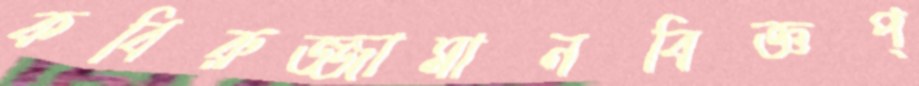
কবিরুজ্জামানবিজ্ঞপ্